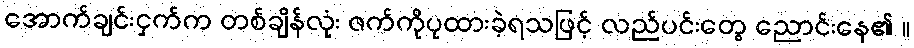
အောက်ချင်းငှက်က တစ်ချိန်လုံး ဇက်ကိုပုထားခဲ့ရသဖြင့် လည်ပင်းတွေ ညောင်းနေ၏ ။